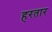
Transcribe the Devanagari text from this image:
हरतार